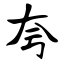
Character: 夸